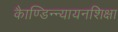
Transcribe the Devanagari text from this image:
काैण्डिन्न्यायनशिक्षा